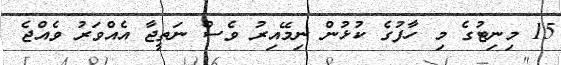
15 މިނިޓުގެ މި ހާފުގެ ކުޅުން ނިމޭއިރު ވެސް ނަތީޖާ އެއްވަރު ވެއްޖެ